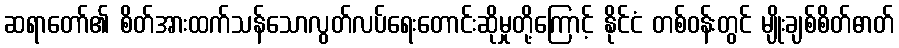
ဆရာတော်၏ စိတ်အားထက်သန်သောလွတ်လပ်ရေးတောင်းဆိုမှုတို့ကြောင့် နိုင်ငံ တစ်ဝန်းတွင် မျိုးချစ်စိတ်ဓာတ်